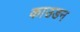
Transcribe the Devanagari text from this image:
काउडन